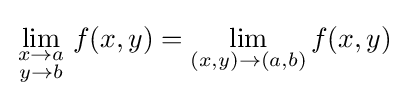
\lim _{\begin{smallmatrix}x\to a\\y\to b\end{smallmatrix}}f(x,y)=\lim _{(x,y)\to (a,b)}f(x,y)